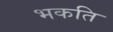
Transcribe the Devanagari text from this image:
भकति